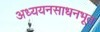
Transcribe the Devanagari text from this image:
अध्ययनसाधनभूत